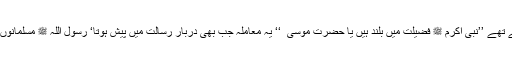
مدینہ کے یہودی اکثر مسلمانوں سے یہ بحث چھیڑ دیتے تھے ’’نبی اکرم ﷺ فضیلت میں بلند ہیں یا حضرت موسیٰ ؑ ‘‘ یہ معاملہ جب بھی دربار رسالت میں پیش ہوتا‘ رسول اللہ ﷺ مسلمانوں سے فرماتے ’’آپ لوگ اس بحث سے پرہیز کیا کریں‘‘۔